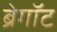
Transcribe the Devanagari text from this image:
ब्रेगॉट